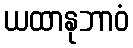
ယထာနုဘာဝံ